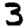
Digit: 3